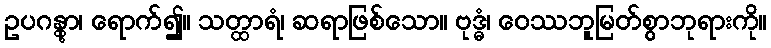
ဥပဂန္တွာ၊ ရောက်၍။ သတ္ထာရံ၊ ဆရာဖြစ်သော။ ဗုဒ္ဓံ၊ ဝေဿဘူမြတ်စွာဘုရားကို။